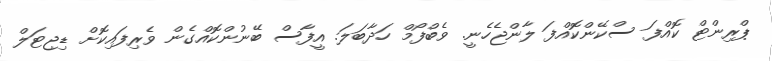
ޕްރިންޓް ކޮއްފަ ސްކޭންކޮއްފަ ލާންޖެހެނީ. ވެބްފޯމް ހަދާބަލަ. އީފާސް ބޭނުންކޮއްގެން ވެރިފައިކޮށް ޑިޖިޓަލް